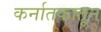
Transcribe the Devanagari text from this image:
कर्नातकातून